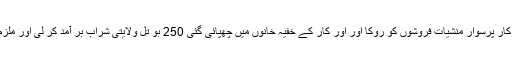
مخبری پر گزشتہ روز پل پرناواں کے قریب ناکہ لگا کر کار پرسوار منشیات فروشوں کو روکا اور اور کار کے خفیہ خانوں میں چھپائی گئی 250 بو تل ولایتی شراب بر آمد کر لی اور ملزم عمران کو گرفتار کرلیا جبکہ اسکا ساتھی چنی بھاگ گیا۔